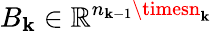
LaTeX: B_{\mathbf{k}}\in\mathbb{{R}}^{n_{\mathbf{k}-1}\timesn_{\mathbf{k}}}